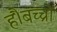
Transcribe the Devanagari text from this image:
हैं।बच्चों